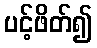
ပင့်ဖိတ်၍